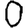
Digit: 0